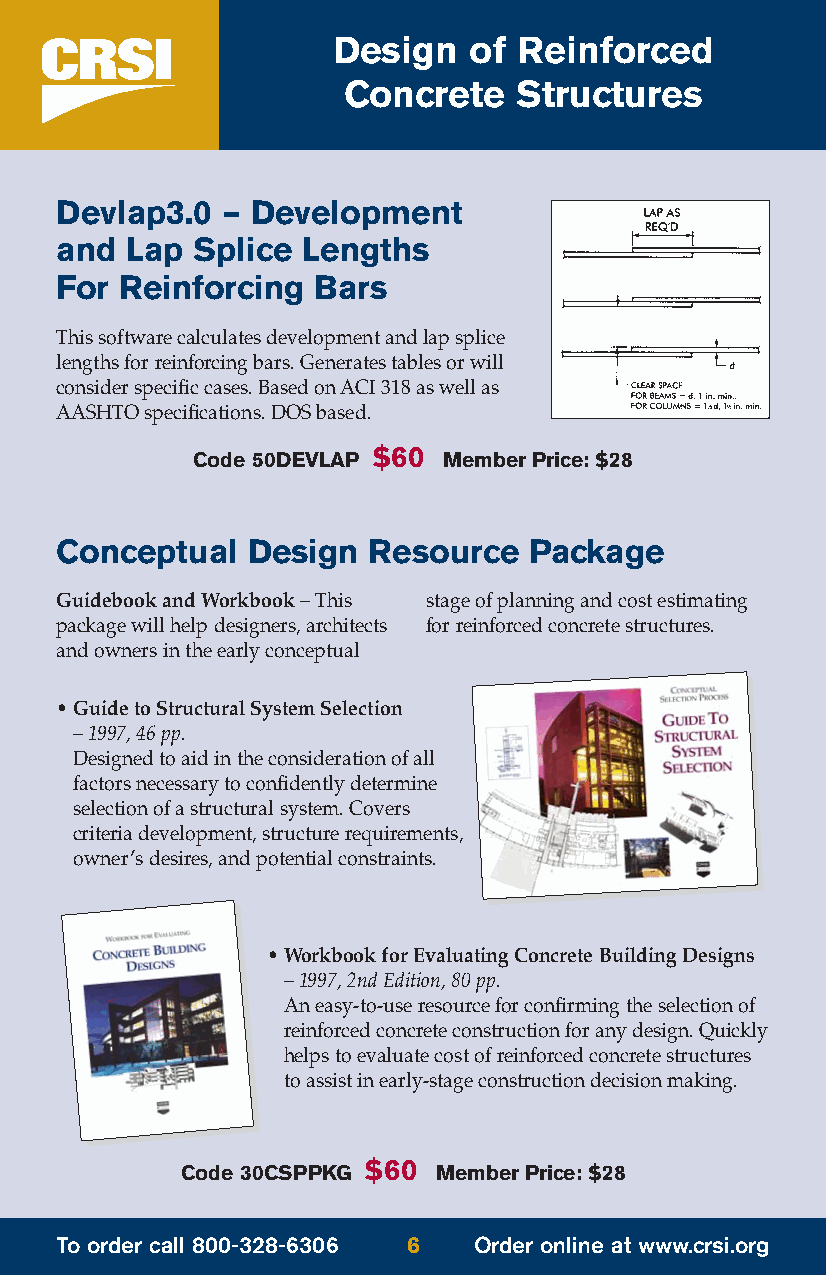
Design   of Reinforced
 Concrete   Structures
 Devlap3.0  – Development
 and Lap  Splice Lengths
 For Reinforcing  Bars
 This software calculates development and lap splice
 lengths for reinforcing bars. Generates tables or will
 consider specific cases. Based on ACI 318 as well as
 AASHTO specifications. DOS based.
 $60
 Code 50DEVLAP   Member Price: $28
 Conceptual  Design  Resource   Package
 Guidebook and Workbook– This stage of planning and cost estimating
 package will help designers, architects for reinforced concrete structures.
 and owners in the early conceptual
 • Guide to Structural System Selection
 –1997, 46 pp.
 Designed to aid in the consideration of all
 factors necessary to confidently determine
 selection of a structural system. Covers
 criteria development, structure requirements,
 owner’s desires, and potential constraints.
 • Workbook for Evaluating Concrete Building Designs
 – 1997, 2nd Edition, 80 pp.
 An easy-to-use resource for confirming the selection of
 reinforced concrete construction for any design. Quickly
 helps to evaluate cost of reinforced concrete structures
 to assist in early-stage construction decision making.
 $60
 Code 30CSPPKG    Member Price: $28
 To order call 800-328-6306 6 Order online at www.crsi.org